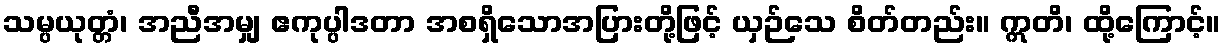
သမ္ပယုတ္တံ၊ အညီအမျှ ဧကုပ္ပါဒတာ အစရှိသောအပြားတို့ဖြင့် ယှဉ်သေ စိတ်တည်း။ ဣတိ၊ ထို့ကြောင့်။